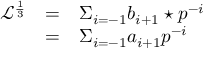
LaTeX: \begin{array} { l c l } { { { \mathcal L } ^ { \frac { 1 } { 3 } } } } & { { = } } & { { \Sigma _ { i = - 1 } b _ { i + 1 } \star p ^ { - i } } } \\ { { } } & { { = } } & { { { \Sigma } _ { i = - 1 } a _ { i + 1 } p ^ { - i } } } \end{array}